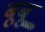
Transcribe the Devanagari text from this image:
बूबू